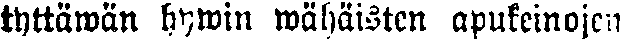
tyttäwän hywin wähäisten apukeinojen